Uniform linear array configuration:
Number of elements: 64
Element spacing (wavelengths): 0.75
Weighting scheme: blackman
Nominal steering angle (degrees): -15
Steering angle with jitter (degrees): -16.136
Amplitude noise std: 0.05
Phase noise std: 0.05

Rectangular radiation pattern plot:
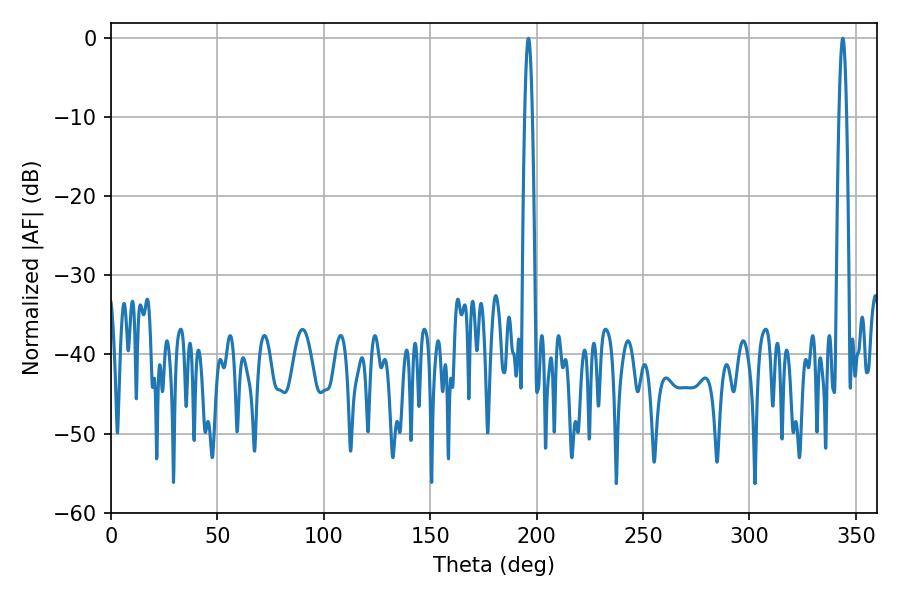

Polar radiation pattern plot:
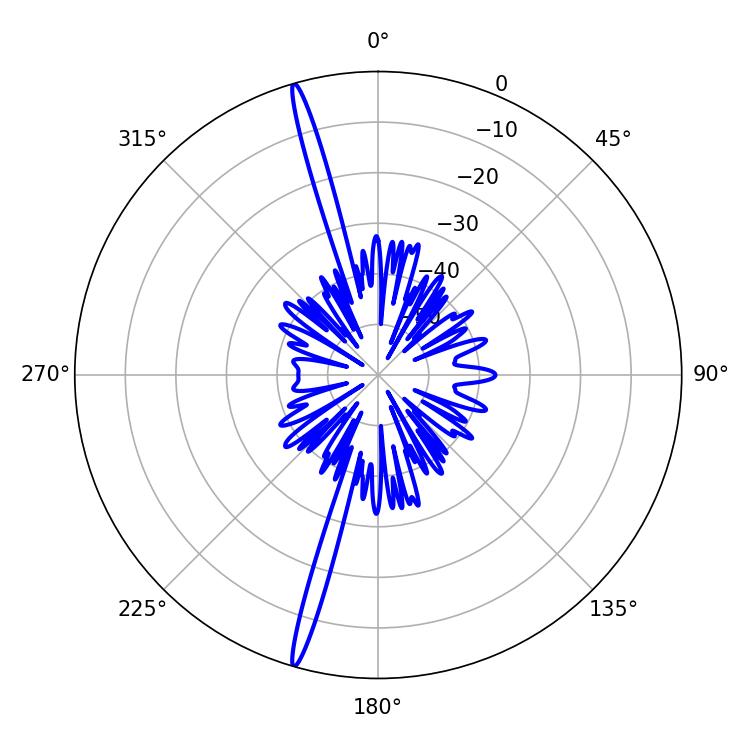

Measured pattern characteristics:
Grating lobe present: TRUE
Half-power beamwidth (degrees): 1.98
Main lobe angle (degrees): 343.8